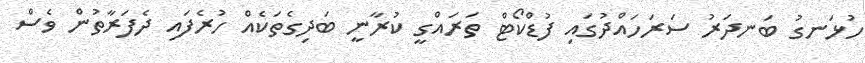
ހުޅަނގު ބަނދަރު ސަރަހައްދުގައި ފުޑްކޯޓް ތަރައްގީ ކުރާނީ ބަދިގެތަކެއް ހުރެފައި ދެފަރާތުން ވެސް